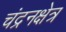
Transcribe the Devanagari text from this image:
चंद्रनक्षेत्र